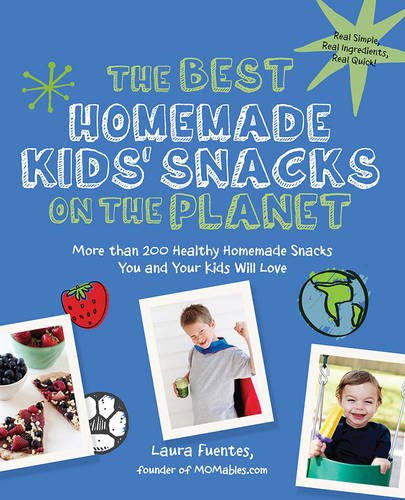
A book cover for The Best Homemade Kids' Snacks on the Planet: More than 200 Healthy Homemade Snacks You and Your Kids Will Love; Laura Fuentes; Cookbooks, Food & Wine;